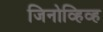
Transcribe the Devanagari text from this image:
जिनोव्हिव्ह